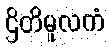
ဌိတိမူလကံ